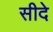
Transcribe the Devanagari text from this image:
सीदे